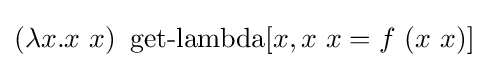
(\lambda x.x\ x)\ \operatorname {get-lambda} [x,x\ x=f\ (x\ x)]